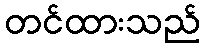
တင်ထားသည်